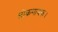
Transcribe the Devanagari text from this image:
लोकगायक।